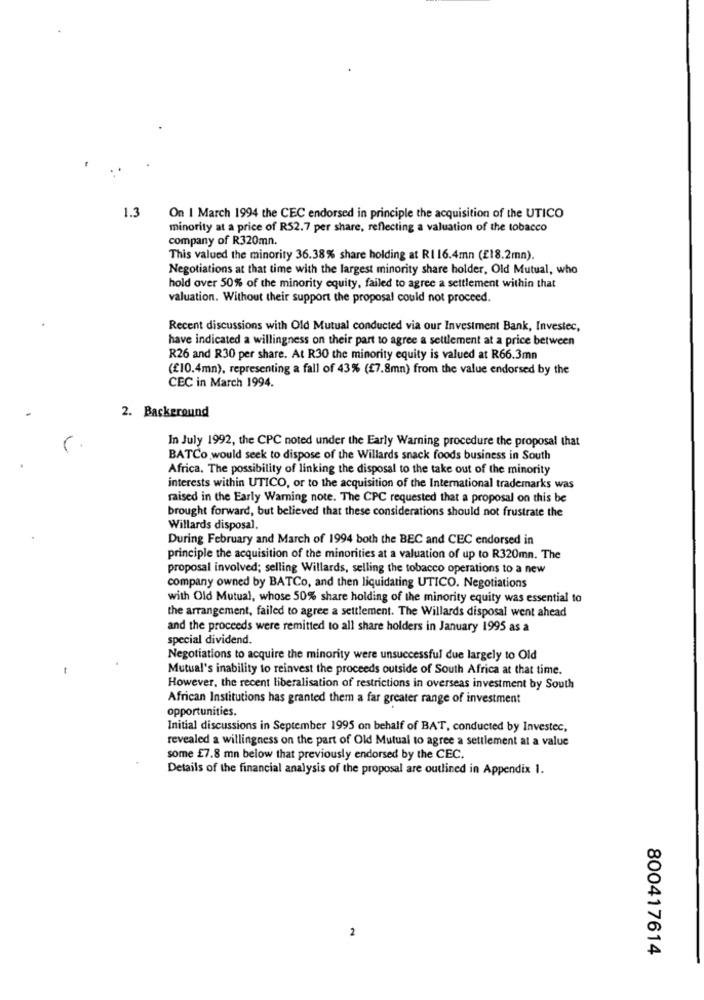
1.3
On I March 1994 the CEC endorsed in principle the acquisition of the UTICO
minority at a price of R52.7 per share, reflecting a valuation of the tobacco
company of R320mn.
This valued the minority 36.38% share holding at RI 16.4mn (£18.2mn).
Negotiations at that time with the largest minority share holder, Old Mutual, who
hold over 50% of the minority equity, failed to agree a settlement within that
valuation. Without their support the proposal could not proceed.
Recent discussions with Old Mutual conducted via our Investment Bank, Investec,
have indicated a willingness on their part to agree a settlement at a price between
R26 and R30 per share. At R30 the minority equity is valued at R66.3mn
(£10.4mm), representing a fall of 43% (£7.8mm) from the value endorsed by the
CEC in March 1994.
2. Background
In July 1992, the CPC noted under the Early Warning procedure the proposal that
BATCo would seek to dispose of the Willards snack foods business in South
Africa. The possibility of linking the disposal to the take out of the minority
interests within UTICO, or to the acquisition of the International trademarks was
raised in the Early Warning note. The CPC requested that a proposal on this be
brought forward, but believed that these considerations should not frustrate the
Willards disposal.
During February and March of 1994 both the BEC and CEC endorsed in
principle the acquisition of the minorities at a valuation of up to R320mn. The
proposal involved; selling Willards, selling the tobacco operations to a new
company owned by BATCo, and then liquidating UTICO. Negotiations
with Old Mutual, whose 50% share holding of the minority equity was essential to
the arrangement, failed to agree a settlement. The Willards disposal went ahead
and the proceeds were remitted to all share holders in January 1995 as a
special dividend.
Negotiations to acquire the minority were unsuccessful due largely to Old
Mutual's inability to reinvest the proceeds outside of South Africa at that time.
However, the recent liberalisation of restrictions in overseas investment by South
African Institutions has granted them a far greater range of investment
opportunities.
Initial discussions in September 1995 on behalf of BAT, conducted by Investec,
revealed a willingness on the part of Old Mutual to agree a settlement at a value
some £7.8 mn below that previously endorsed by the CEC.
Details of the financial analysis of the proposal are outlined in Appendix I.
2
800417614